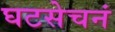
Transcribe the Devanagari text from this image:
घटसेचनं